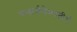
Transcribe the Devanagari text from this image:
चन्द्रार्कवैभवतीर्थ